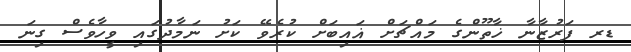
ޑރ ފަރުޒާނާ ޚާތޫންގެ މައްޗަށް ޣައިބަށް ކުރެވޭ ކަށު ނަމާދުގައި ވީހާވެސް ގިނަ